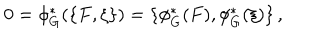
0 = \phi _ { G } ^ { * } ( \{ F , \xi \} ) = \{ \phi _ { G } ^ { * } ( F ) , \phi _ { G } ^ { * } ( \xi ) \} \, ,